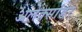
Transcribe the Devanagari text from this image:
अलेक्सांडर